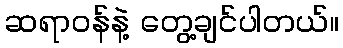
ဆရာဝန်နဲ့ တွေ့ချင်ပါတယ်။